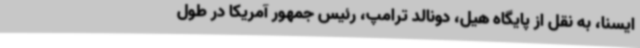
ایسنا، به نقل از پایگاه هیل، دونالد ترامپ، رئیس جمهور آمریکا در طول